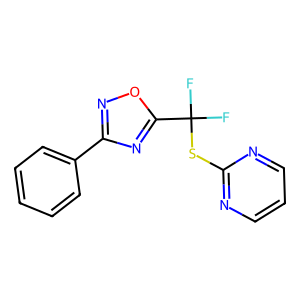
SMILES: FC(F)(Sc1ncccn1)c1nc(-c2ccccc2)no1
Inhibits HIV replication: No